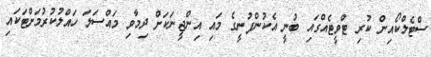
ސްޓެލްކޯއިން ކުރި ޓްވީޓެއްގައި ބުނީ އެކުންފުނީގެ މައި އިންޖީނަކަށް ދިމާވި މައްސަލަ ހައްލުކުރުމަށްޓަކައި